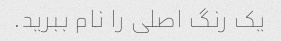
یک رنگ اصلی را نام ببرید.